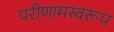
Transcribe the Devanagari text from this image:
परीणामस्वरूप